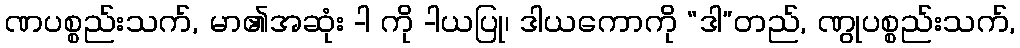
ဏပစ္စည်းသက်, မာ၏အဆုံး -ါ ကို -ါယပြု၊ ဒါယကောကို “ဒါ”တည်, ဏွုပစ္စည်းသက်,